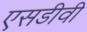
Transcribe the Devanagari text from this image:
एसडीवी